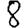
Digit: 8